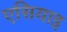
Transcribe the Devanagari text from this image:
एसियाइ